Burma Government Medical School reports 1923-41
Year: 1923
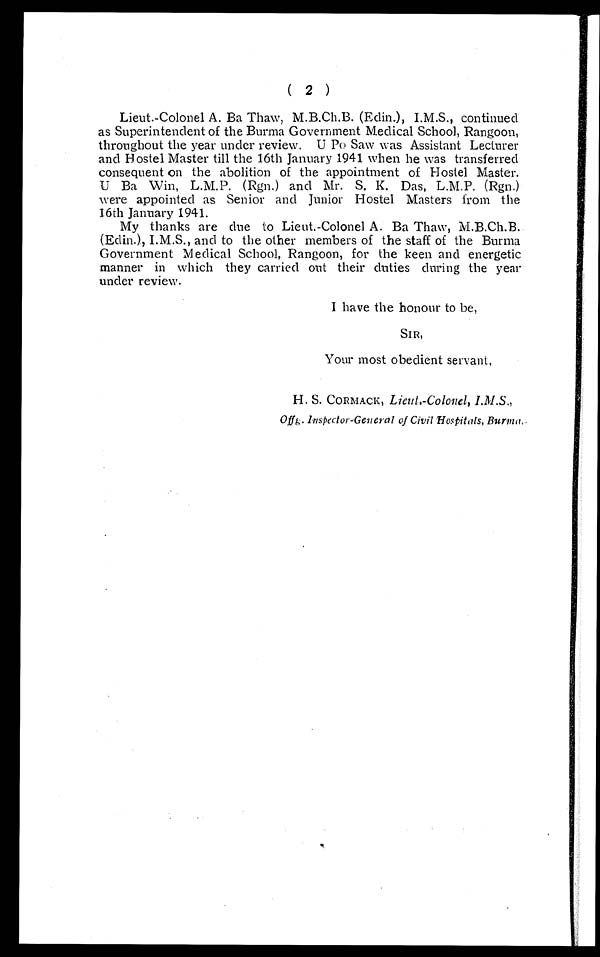
( 2 )
Lieut.-Colonel A. Ba Thaw, M.B.Ch.B. (Edin.), I.M.S., continued
as Superintendent of the Burma Government Medical School, Rangoon,
throughout the year under review. U Po Saw was Assistant Lecturer
and Hostel Master till the 16th January 1941 when he was transferred
consequent on the abolition of the appointment of Hostel Master.
U Ba Win, L.M.P. (Rgn.) and Mr. S. K. Das, L.M.P. (Rgn.)
were appointed as Senior and Junior Hostel Masters from the
16th January 1941.
My thanks are due to Lieut.-Colonel A. Ba Thaw, M.B.Ch.B.
(Edin.), I.M.S., and to the other members of the staff of the Burma
Government Medical School, Rangoon, for the keen and energetic
manner in which they carried out their duties during the year
under review.
I have the honour to be,
SIR,
Your most obedient servant,
H. S. CORMACK, Lieut.-Colonel, I.M.S.,
Offg. Inspector-General of Civil Hospitals, Burma,.